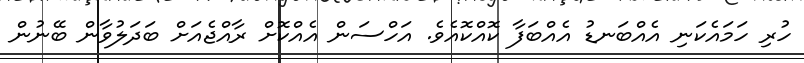
ހުރި ހަމައެކަނި އެއްބަނޑު އެއްބަފާ ކޮއްކޮއެވެ. އަހްސަން އެއްކޮށް ރާއްޖެއަށް ބަދަލުވާން ބޭނުން